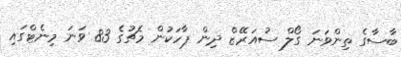
ބާސާގެ ތިންވަނަ ގޯލް ސުއަރޭޒް ދިން ޕާހަކުން މެޗުގެ 83 ވަނަ މިނެޓްގައި